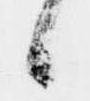
候